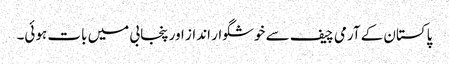
پاکستان کے آرمی چیف سے خوشگوار انداز اور پنجابی میں بات ہوئی۔